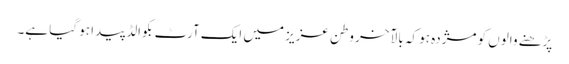
پڑھنے والوں کو مژدہ ہو کہ بالآخر وطن عزیز میں ایک آرٹ بکوالڈ پیدا ہو گیا ہے۔